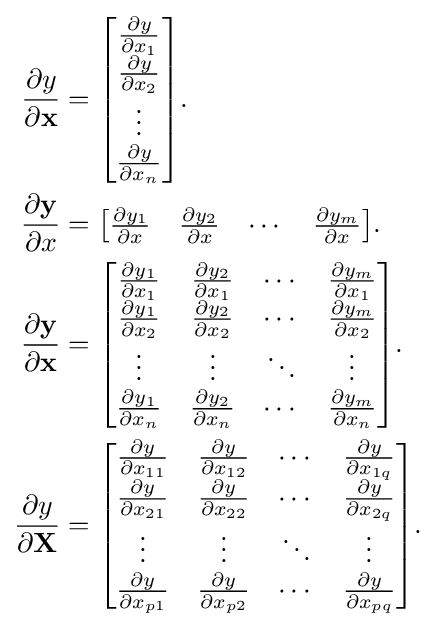
{\begin{aligned}{\frac {\partial y}{\partial \mathbf {x} }}&={\begin{bmatrix}{\frac {\partial y}{\partial x_{1}}}\\{\frac {\partial y}{\partial x_{2}}}\\\vdots \\{\frac {\partial y}{\partial x_{n}}}\\\end{bmatrix}}.\\{\frac {\partial \mathbf {y} }{\partial x}}&={\begin{bmatrix}{\frac {\partial y_{1}}{\partial x}}&{\frac {\partial y_{2}}{\partial x}}&\cdots &{\frac {\partial y_{m}}{\partial x}}\end{bmatrix}}.\\{\frac {\partial \mathbf {y} }{\partial \mathbf {x} }}&={\begin{bmatrix}{\frac {\partial y_{1}}{\partial x_{1}}}&{\frac {\partial y_{2}}{\partial x_{1}}}&\cdots &{\frac {\partial y_{m}}{\partial x_{1}}}\\{\frac {\partial y_{1}}{\partial x_{2}}}&{\frac {\partial y_{2}}{\partial x_{2}}}&\cdots &{\frac {\partial y_{m}}{\partial x_{2}}}\\\vdots &\vdots &\ddots &\vdots \\{\frac {\partial y_{1}}{\partial x_{n}}}&{\frac {\partial y_{2}}{\partial x_{n}}}&\cdots &{\frac {\partial y_{m}}{\partial x_{n}}}\\\end{bmatrix}}.\\{\frac {\partial y}{\partial \mathbf {X} }}&={\begin{bmatrix}{\frac {\partial y}{\partial x_{11}}}&{\frac {\partial y}{\partial x_{12}}}&\cdots &{\frac {\partial y}{\partial x_{1q}}}\\{\frac {\partial y}{\partial x_{21}}}&{\frac {\partial y}{\partial x_{22}}}&\cdots &{\frac {\partial y}{\partial x_{2q}}}\\\vdots &\vdots &\ddots &\vdots \\{\frac {\partial y}{\partial x_{p1}}}&{\frac {\partial y}{\partial x_{p2}}}&\cdots &{\frac {\partial y}{\partial x_{pq}}}\\\end{bmatrix}}.\end{aligned}}